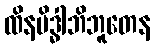
ထိနမိဒ္ဓါဘိဘူတေန